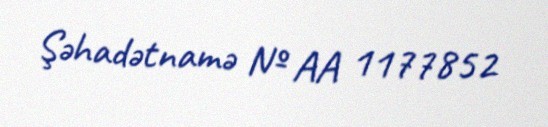
Şəhadətnamə № AA 1177852